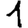
Digit: 1